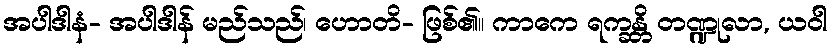
အပါဒါနံ- အပါဒါန် မည်သည်၊ ဟောတိ- ဖြစ်၏။ ကာကေ ရက္ခန္တိ တဏ္ဍုလာ, ယဝါ